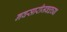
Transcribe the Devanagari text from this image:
नवसारीजवळच्या